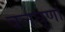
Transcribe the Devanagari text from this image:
बलघूर्णा